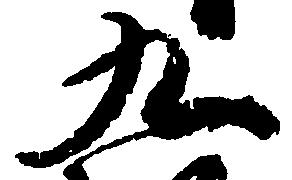
九